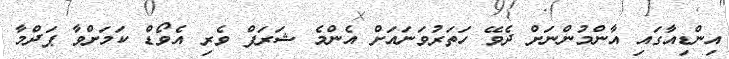
އިންޑިއާގައި އާންމުންނަށް ދެވޭ ހަތަރުވަނައަށް އެންމެ ޝަރަފް ވެރި އެވޯޑް ކަމަށްވާ ޕަދްމާ